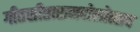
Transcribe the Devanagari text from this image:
गीतसीतारामदोलोत्सव